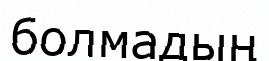
болмадың